Annual statistical returns and brief notes on vaccination in Bengal - 1909-1929
Year: 1909
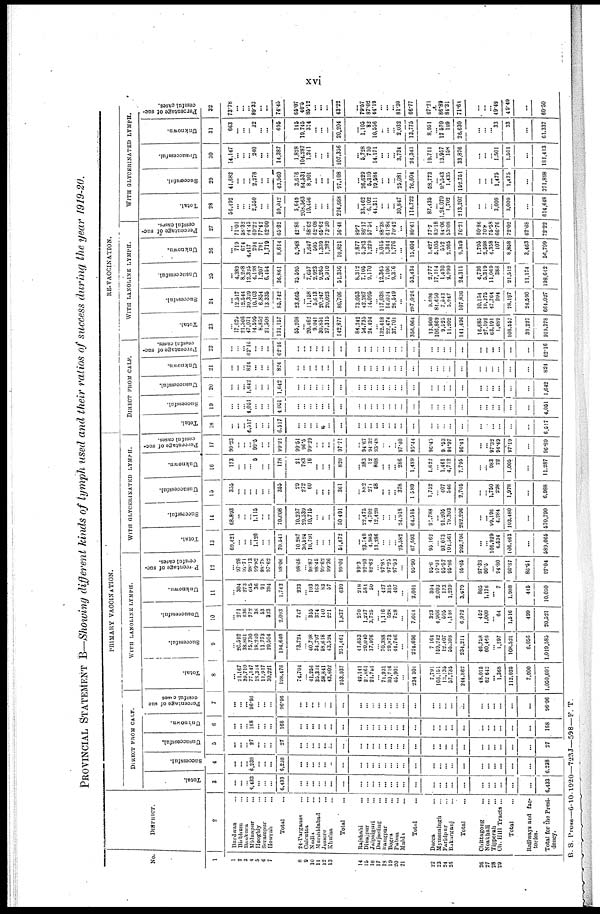
xvi
PROVINCIAL STATEMENT B—Showing different kinds of lymph used and their ratios of success during the year 1919-20.
No.
1
1
2
3
4 5
6
7
8
9
10
11
12
13
14
15
16
17
18
19
20
21
22
23
24
25
26
27
28
29
DISTRICT.
2
Burdwan ...
Birbhum ...
Banura ...
Midnapur ...
Hooghly ...
Serampur ...
Howrah ...
Total ...
24-Parganas ...
Calcutta ...
Nadia ...
Murshidabad ...
Jessore ...
Khulna ...
Total ...
Rajshahi ...
Dinajpur ...
Julpaiguri ...
Darjeeling ...
Rangpur ...
Bogra ...
Pubna
Mulda ...
Total ...
Dacca ...
Mymensingh ...
Faridpur ...
Bakarganj ...
Total ...
Chittagong
...
Noakholi ...
Tipperah ...
Ch. Hill Tracts ...
Total ...
Railways and fac-
tories.
Total for the Presi-
dency.
PRIMARY VACCINATION.
DIRECT FROM CALF.
Total.
3
...
... ...
6,433
...
... ...
6,433
...
...
...
... ...
...
...
...
...
... ... ...
...
...
...
...
...
...
...
...
...
...
...
...
...
...
...
6,433
successful.
4
...
... ... 6,238
...
... ...
6,238
...
...
...
... ...
...
...
...
...
... ...
... ...
...
...
...
...
...
...
...
...
...
... ...
...
...
...
6,238
Unsuccessful.
5
...
... ... 27
...
...
...
27
...
... ...
... ...
...
...
...
...
...
... ...
...
... ...
...
...
...
...
...
...
...
...
...
...
...
...
27
Unknown.
6
...
... ... 168
...
... ...
168
...
...
...
...
... ...
...
...
...
... ...
...
...
...
...
...
...
...
...
...
...
...
...
...
...
...
...
168
Percentage of suc¬
cessful cases
7
...
... ...
96.96
...
...
...
96.96
...
...
...
...
... ...
...
...
...
... ...
...
... ... ...
...
...
...
...
...
...
...
...
...
...
...
...
96.96
WITH LANOLINE LYMPH.
Total.
8
...
21,167
39,710
77,147
18,344
11,917
30,221
198,476
74.704
... 41,256
35,334
58,841
43,802
253,937
42,141
21,861
21,751
... 71,931
30,716
45,901
...
234 301
7,791
166,151
13,135
57,735
244,862
48,015
62,642
... 1,368
112,025
7,000
1,050,601
Successful.
9
...
26,592
38,801
75,730
18,240
11,773
29,504
194,640
73,724
... 40,798
34,797
58,618
43,524
251,461
41,653
20,040
17,976
... 70,388
29,873
44,766
...
224,696
7,164
159,242
12,407
55,398
234,211
46,758
60,466
... 1,297
108,521
6,056
1,019,585
Unsuccessful.
10
...
271
636
772
38
53
323
2,093
747
... 355
374
140
221
1,837
270
1,237
3,725
... 1,116
528
728
...
7,604
323
4,906
595
1,148
6,972
452
1,000
... 64
1,516
499
20,521
Unknown.
11
...
304
273
645
36
91
394
1,743
233
... 103
163
83
57
639
218
584
50
... 427
315
407
...
2,001
304
2,003
133
1,239
3,679
805
1,176
... 7
1,988
445
10,050
Percentage of suc¬
cessful cases.
12
...
97.28
97.71
98.13
99.82
98.78
97.62
98.06
98.68
... 98.87
98.45
99.62
99.36
99.02
99.3
92.93
82.62
... 97.85
97.25
97.53
...
95.90
95.6
97.01
95.57
95.86
95.65
97.38
96.5
... 94.80
96.87
86.51
97.04
WITH GLYCERINATED LYMPH.
Total.
13
69,421
... ...
... 1,126
...
...
70,541
10,287
30,594
10,791
... ... ...
51,672
...
23,740
4,985
13,286
...
... ... 25,582
67,593
95,162
... 93,073
104,561
292,796
...
... 101,929
4,534
106,463
...
589,065
Successful.
14
68,893
...
...
... 1,115
...
...
70,008
10,237
29,539
10,715
... ...
...
50,491
...
22,475
4,702
12,420
...
... ... 24,918
64,515
91,788
...
91,205
79,303
282,296
...
...
99,196
4,284
103,480
...
570,790
Unsuccessful.
15
355
... ... ...
... ...
...
355
29
272
60
...
...
...
361
...
882
271
58
...
... ... 378
1,589
1,752
... 407
546
2,705
...
...
1,750
228
1,978
...
6,988
Unknown.
16
173
... ...
... 5
...
...
178
21
783
16
...
... ...
820
...
383
12
808
...
...
... 286
1,489
1,622
...
1,461
4,712
7,795
...
.... 983
22
1,005
...
11,287
Percentage of suc-
cessful cases.
17
99.23
... ...
... 99.5
...
...
99.24
99.51
96.6
99.29
... ... ...
97.71
...
94.67
94.32
93.48
...
...
...
97.40
95.44
96.45
... 91.53
94.97
96.41
...
... 97.32
94.49
97.19
...
96.89
RE-VACCINATION.
DIRECT FROM CALF.
Total.
18
...
...
... 6,517
...
...
...
6,517
...
...
...
... ...
...
...
...
...
... ... ...
... ... ...
...
...
...
...
...
...
...
... ...
...
...
...
6,517
Successful.
19
...
... ... 4,051
... ...
...
4,051
...
...
...
... ...
...
...
...
... ... ...
...
... ... ...
...
...
...
...
...
...
...
...
... ...
...
...
4,051
Unsuccessful.
20
...
... ...
1,642
...
...
...
1,642
...
...
... ...
... ...
...
...
...
... ... ...
... ...
...
...
...
...
...
...
...
...
... ...
...
...
...
1,642
Unknown.
21
...
... ... 824
...
...
...
824
...
...
...
... ...
...
...
...
...
... ...
...
... ... ...
...
...
... ...
...
...
...
...
...
...
...
...
824
Percentage of suc-
cessful cases.
23
...
... ...
62.16
...
... ...
62.16
...
...
...
...
...
...
...
...
...
...
... ...
... ...
...
...
...
...
...
...
...
...
...
...
...
...
...
62.16
WITH LANOLINE LYMPH.
Total.
23
...
17,625
21,506
47,071
14,595
8,852
21,508
131,157
55,208
...
20,462
9,041
30,851
27,315
142,877
84,242
54,735
24,494
... 132,418
22,474
37,701
...
366,064
13,900
106,869
9,525
11,202
141,496
16,685
27,192
63,191
1,489
108,557
39,227
919,378
Successful.
24
...
12,517
12,544
30,329
10,103
6,854
13,336
85,742
23,665
...
11,158
5,613
20,247
20,023
80,706
73,053
42,267
14,095
... 117,038
14,024
26,549
...
287,026
9,696
84,650
7,543
5,947
107,836
10,154
19,275
47,764
994
78,187
24,590
664,027
Unsuccessful.
25
...
4,389
8,288
12,325
4,198
1,207
6,454
36,861
25,595
... 7,657
2,923
9,265
5,910
51,356
8,312
7,105
9,170
... 12,365
7,106
9,376
...
53,434
2,777
17,114
1,430
2,990
24,311
4,736
5,319
11,069
388
21,512
11,174
198,642
Unknown.
26
...
719
674
4,417
294
791
1,719
8,614
5,948
... 1,647
505
1,339
1,382
10,821
2,877
5,363
1,229
... 3,015
1,344
1,776
...
15,604
1,427
5,105
552
2,265
9,349
1,795
3,598
4,358
107
8,858
3,463
56,709
Percentage of suc-
cessful cases.
27
...
71.01
58.32
64.43
69.22
77.42
62.00
65.32
42.86
... 68.62
62.08
65.62
73.30
56.48
89.7
86.17
57.54
...
88.38
61.86
70.42
...
80.61
77.7
83.18
84.06
53.08
76.21
60.86
70.8
75.58
66.76
72.02
62.68
72.22
WITH GLYCERINATED LYMPH.
Total.
28
56,492
...
...
... 2,550
...
...
59,042
5,649
208,563
10,456
...
...
...
224,668
...
33,462
6,102
44,311
...
...
...
30,847
114,722
87,435
...
1,24,070
1,702
213,207
...
...
...
3,009
3,009
...
614,648
Successful.
29
41,682
...
...
...
2,278
...
...
43,960
3,676
84,531
8,901
...
...
...
97,108
...
26,629
5,310
19,584
...
...
... 25,081
76,604
58,773
... 92,543
1,435
152,751
...
...
...
1,475
1,475
...
371,898
Unsuccessful.
30
14,147
... ...
... 240
...
...
14,387
1,828
104,287
1,241
...
... ...
107,356
...
5,728
710
14,171
...
... ... 3,734
24,343
19,711
... 13,957
158
33,876
...
...
... 1,501
1,501
...
181,413
Unknown.
31
663
...
...
... 32
...
...
695
145
19,745
314
...
...
...
20,204
...
1,105
82
10,556
...
... ... 2,032
13,775
8,951
... 17,570
109
26,630
...
...
... 33
33
...
61,337
Percentage of suc-
cessful cases.
32
73.78
...
...
...
89.33
...
...
74.45
65.07
40.5
85.12
...
...
...
43.22
...
79.57
87.02
44.19
... ... ...
81.30
66.77
67.21
... 86.89
84.31
71.61
...
...
... 49.49
49.49
...
60.50
B. S. Press—6-10-1920—723J—598—F. T.